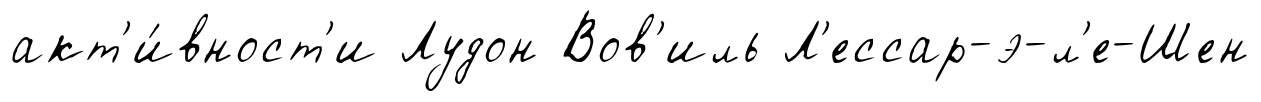
акт'и́вност'и Лудон Вов'иль Л'ессар-э-л'е-Шен